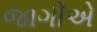
જાગીએ